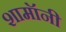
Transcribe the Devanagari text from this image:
शामॉनी